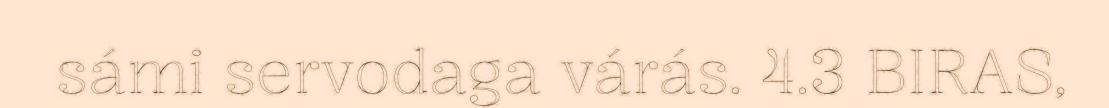
sámi servodaga várás. 4.3 BIRAS,